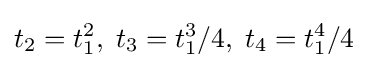
t_{2}=t_{1}^{2},\;t_{3}=t_{1}^{3}/4,\;t_{4}=t_{1}^{4}/4